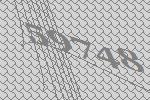
59748